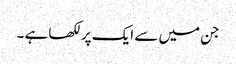
جن میں سے ایک پرلکھا ہے ۔